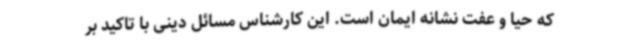
که حیا و عفت نشانه ایمان است. این کارشناس مسائل دینی با تاکید بر